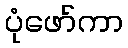
ပုံဖော်ကာ